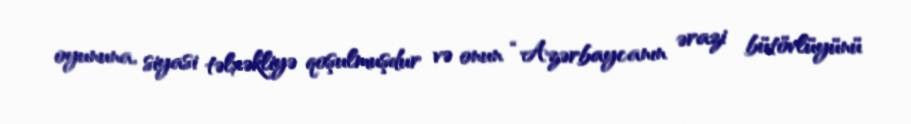
oyununa, siyasi təlxəkliyə qoşulmuşdur və onun “Azərbaycanın ərazi bütövlüyünü